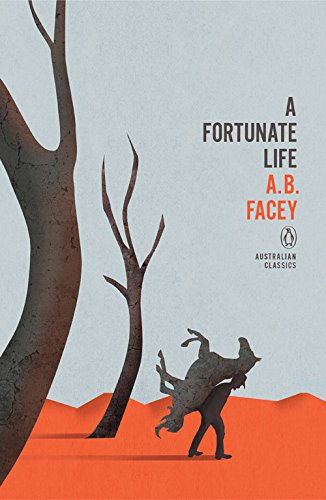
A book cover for Fortunate Life (Penguin Australian Classics); A B Facey; Biographies & Memoirs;